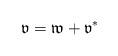
LaTeX: \begin{align*}\mathfrak{v}=\mathfrak{w}+\mathfrak{v}^*\end{align*}